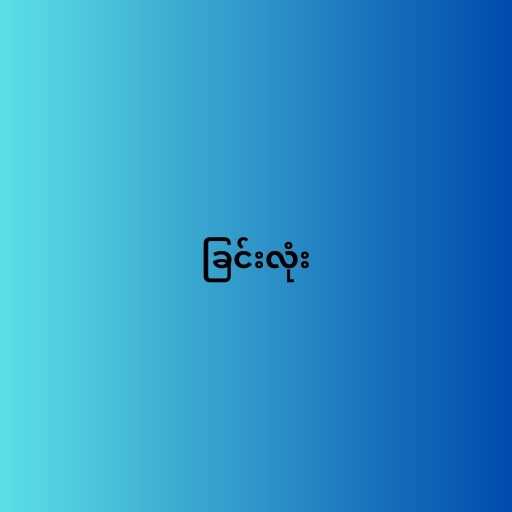
ခြင်းလုံး